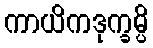
ကာယိကဒုက္ခမ္ပိ